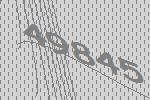
49845